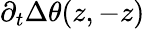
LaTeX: \partial_{t}\Delta\theta(z,-z)